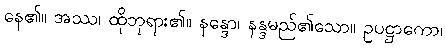
နေ၏။ အဿ၊ ထိုဘုရား၏။ နန္ဒော၊ နန္ဒမည်၏သော။ ဥပဋ္ဌာကော၊